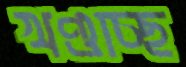
খণ্ডাচ্ছ